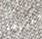
بالطريقة